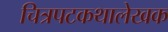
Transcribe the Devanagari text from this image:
चित्रपटकथालेखक